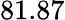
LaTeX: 81.87